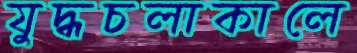
যুদ্ধচলাকালে